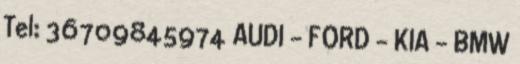
Tel: 36709845974 AUDI – FORD – KIA – BMW